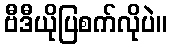
ဗီဒီယိုပြစက်လိုပဲ။